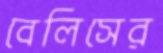
বেলিসের